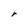
Character: r